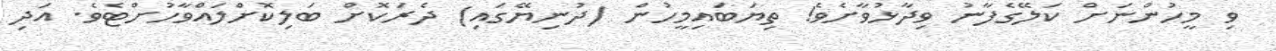
ވި މީހުންނަށް ކަލޭގެފާނު ވިދާޅުވާށެވެ! ތިޔަބައިމީހުން (ދުނިޔޭގައި) ދެރަކޮށް ބަލިކޮށްލައްވާހުށްޓެވެ. އަދި